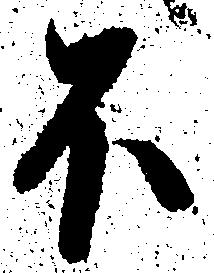
不